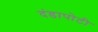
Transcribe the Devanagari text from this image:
दंडापोटी